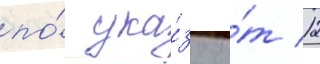
по́ ука́зу о́т 12